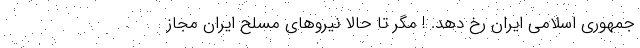
جمهوری اسلامی ایران رخ دهد. ! مگر تا حالا نیروهای مسلح ایران مجاز